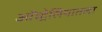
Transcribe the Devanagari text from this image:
ऑस्ट्रेलियातला